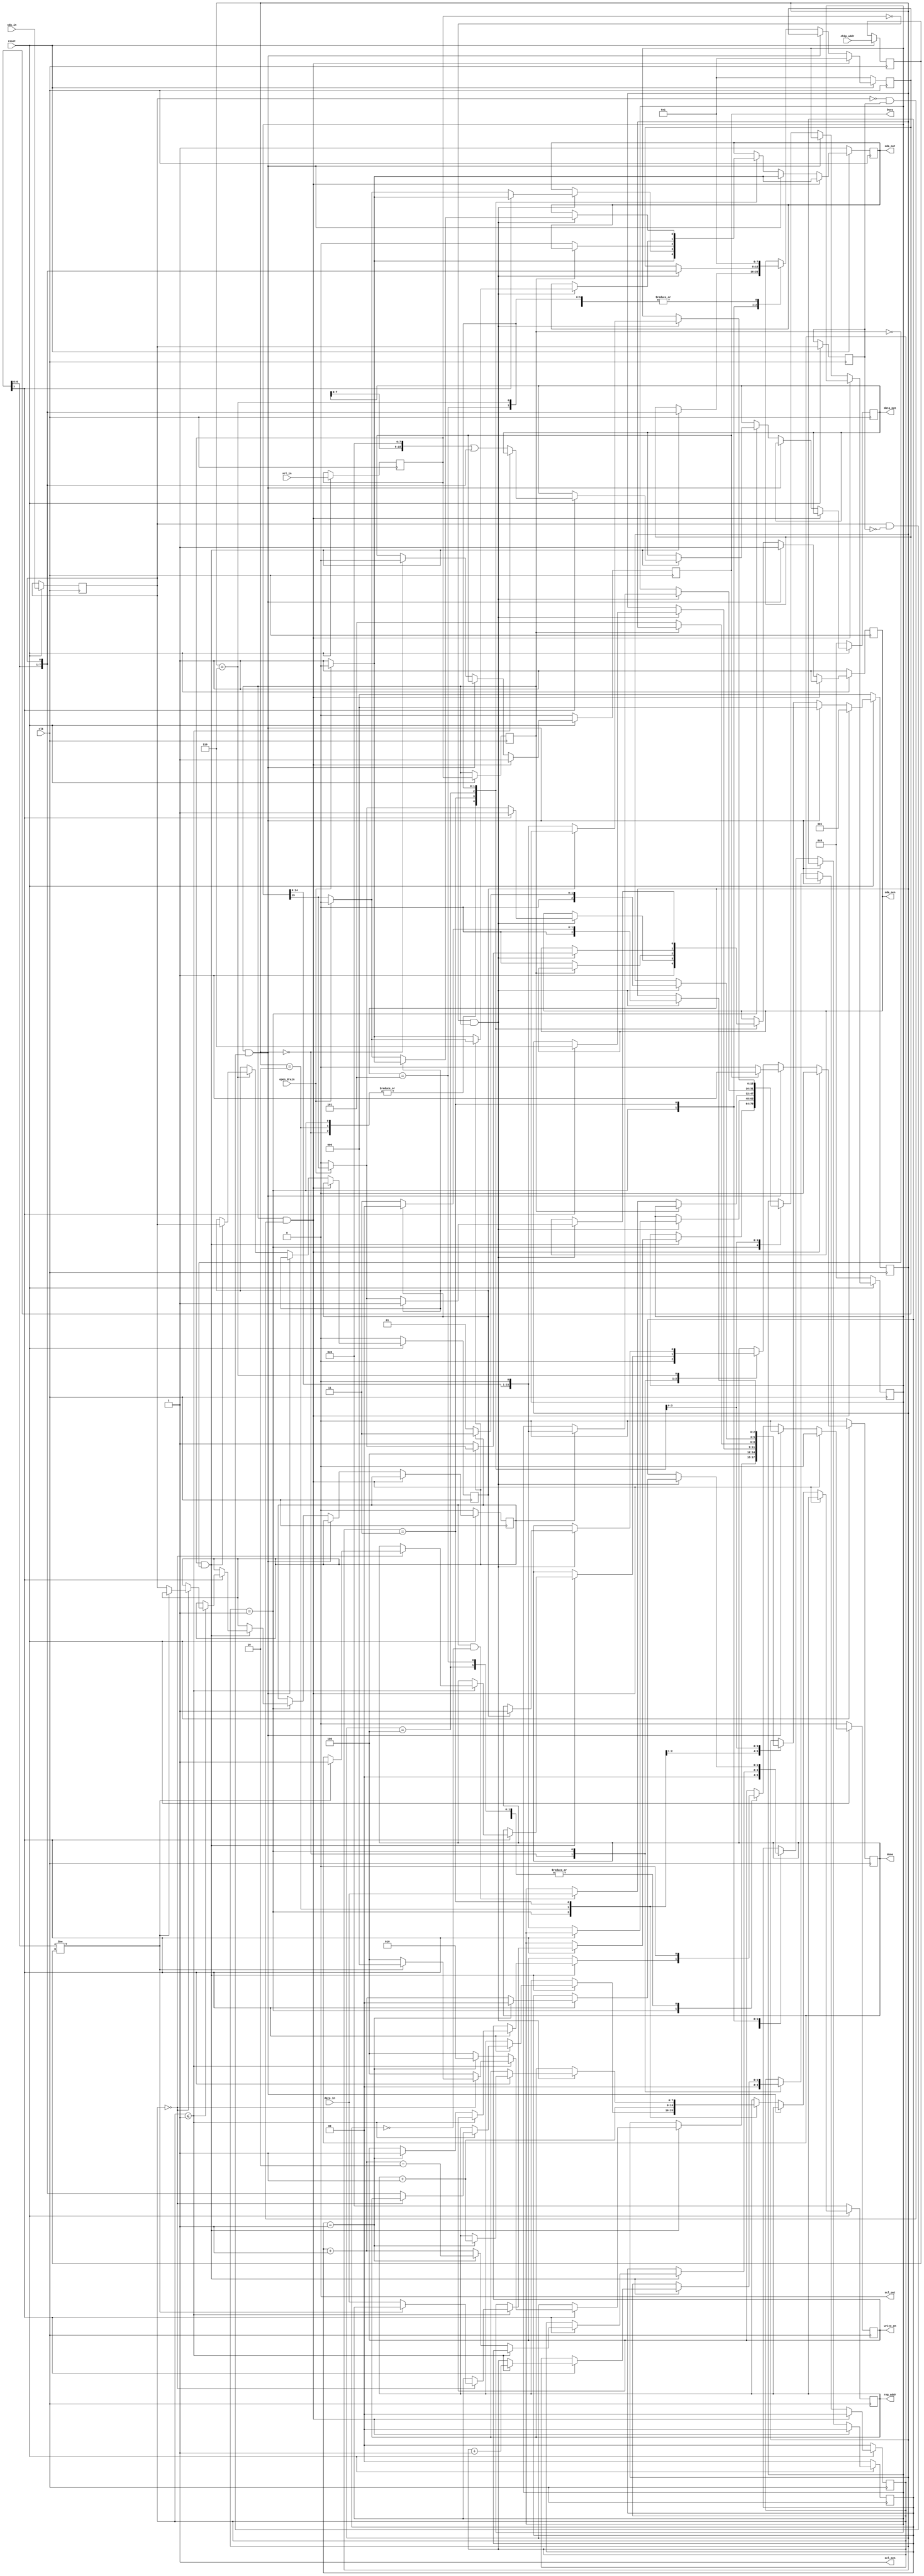
/*
i2c Slave

Authors:  Greg M. Crist, Jr. (gmcrist@gmail.com)

Description:
  i2c Slave
*/
module i2c_slave
    #(
        parameter ADDR_BYTES = 1,
        parameter DATA_BYTES = 2,
        parameter REG_ADDR_WIDTH = 8 * ADDR_BYTES,
        parameter REG_DATA_WIDTH = 8 * DATA_BYTES
    )(
        input clk,        // System Clock
        input reset,      // Reset signal

        input open_drain, // For open drain

        input  sda_in,    // SDA Input
        output sda_out,   // SDA Output
        output sda_oen,   // SDA Output Enable

        input  scl_in,    // SCL Input
        output scl_out,   // SCL Output
        output scl_oen,   // SCL Output Enable

        input [6:0] chip_addr,  // Slave Address
        input [8 * DATA_BYTES - 1:0] data_in,    // Data read from register

        output reg write_en,    // Write enable
        output reg [REG_ADDR_WIDTH - 1:0] reg_addr,  // Register address
        output reg [8 * DATA_BYTES - 1:0] data_out,  // Data to write to register

        output reg done,
        output reg busy
    );


    // State Machine States
    localparam s_idle   = 0,
              s_shift   = 1,
              s_write   = 2,
              s_send    = 3,
              s_ack     = 4,
              s_ack2    = 5,
              s_chk_ack = 6;


    // Interal registers
    reg [7:0] sr;   // Shift register
    reg [REG_DATA_WIDTH - 1:0] sr_send;

    reg [1:0] reg_bytes;
    reg [1:0] addr_bytes;

    reg [1:0] scl_count;
    reg [11:0] clk_count;

    reg sda_reg, oen_reg;
    reg writing, reading, continuing;

    reg rw_bit;
    reg nack;
    reg [6:0] chip_addr_reg;

    wire [7:0] word;
    wire [REG_DATA_WIDTH - 1:0] word_exp;
    wire [REG_ADDR_WIDTH + 8 - 1:0] reg_addr_sh;

    // used to detecing rising or falling edges of signals
    reg  sda_s, scl_s, sda_ss, scl_ss;
    wire scl_rising, scl_falling, sda_rising, sda_falling;


    // FSM state
    (* syn_encoding = "safe" *)
    reg [2:0] state;


    assign scl_oen = 1'b1;
    assign scl_out = 1'b0;
    assign sda_oen = oen_reg;
    assign sda_out = sda_reg;

    assign word = {sr[6:0], sda_s};
    assign word_exp = word;

    assign reg_addr_sh = {reg_addr, word};

    // Detect rising / falling edges
    assign scl_rising  =  scl_s && ~scl_ss;
    assign scl_falling = ~scl_s &&  scl_ss;
    assign sda_rising  =  sda_s && ~sda_ss;
    assign sda_falling = ~sda_s &&  sda_ss;


    always @(posedge clk) begin
        if (~reset) begin
            state       <= s_idle;
            sda_reg     <= 1'b1;
            oen_reg     <= 1'b1;

            reg_bytes   <= 1'b0;
            addr_bytes  <= 1'b0;
            sr          <= 8'h01;

            data_out    <= 1'b0;
            reg_addr    <= 1'b0;
            write_en    <= 1'b0;
            rw_bit      <= 1'b0;
            sr_send     <= 1'b0;
            nack        <= 1'b0;
            done        <= 1'b0;
            busy        <= 1'b0;
        end
        else begin
            scl_s         <= scl_in;
            scl_ss        <= scl_s;
            sda_s         <= sda_in;
            sda_ss        <= sda_s;
            chip_addr_reg <= chip_addr;

            if (scl_ss && sda_falling) begin
                state       <= s_shift;
                sda_reg     <= open_drain ? 1'b0 : 1'b1;
                oen_reg     <= 1'b1;

                reg_bytes   <= 1'b0;
                addr_bytes  <= 1'b0;
                sr          <= 8'h01;

                write_en    <= 1'b0;
                busy        <= 1'b1;
                done        <= 1'b0;
            end
            else if (scl_ss && sda_rising) begin
                state    <= s_idle;
                sda_reg  <= open_drain ? 1'b0 : 1'b1;
                oen_reg  <= 1'b1;
                write_en <= 1'b0;
                done     <= busy ? 1'b1 : 1'b0;
            end
            else begin
                case (state)
                    s_idle: begin
                        sda_reg     <= open_drain ? 1'b0 : 1'b1;
                        oen_reg     <= 1'b1;
                        reg_bytes   <= 1'b0;
                        addr_bytes  <= 1'b0;
                        sr          <= 8'h01;
                        write_en    <= 1'b0;
                        busy        <= 1'b0;
                        done        <= 1'b0;
                    end

                    s_shift: begin
                        sda_reg <= open_drain ? 1'b0 : 1'b1;
                        oen_reg <= 1'b1;

                        if (scl_rising) begin
                            sr <= word;

                            if (sr[7]) begin
                                if (addr_bytes <= ADDR_BYTES) begin
                                    addr_bytes <= addr_bytes + 1'b1;

                                    // Check the i2c address and determine if the x-fer is for this slave
                                    if (addr_bytes == 2'b00) begin
                                        // Nope, go back to idle
                                        if (word[7:1] != chip_addr_reg) begin
                                            state <= s_idle;
                                            done  <= 1'b1;
                                        end
                                        else begin
                                            state   <= s_ack;
                                            rw_bit  <= word[0];
                                            sr_send <= data_in;
                                        end
                                    end
                                    else begin
                                        state    <= s_ack;
                                        reg_addr <= reg_addr_sh[REG_ADDR_WIDTH - 1:0];
                                    end
                                end
                                else begin
                                    data_out <= (data_out << 8) | word_exp;

                                    if (reg_bytes == DATA_BYTES - 1'b1) begin
                                        state      <= s_write;
                                        write_en   <= 1'b1;
                                        reg_bytes  <= reg_bytes + 1'b1 - DATA_BYTES;
                                    end
                                    else begin
                                        state      <= s_ack;
                                        reg_bytes  <= reg_bytes + 1'b1;
                                    end
                                end
                            end
                        end
                    end

                    s_write: begin
                        state    <= s_ack;
                        sda_reg  <= open_drain ? 1'b0 : 1'b1;
                        oen_reg  <= 1'b1;
                        reg_addr <= reg_addr + 1'b1;
                        write_en <= 1'b0;
                    end

                    s_send: begin
                        if (scl_falling) begin
                            sr <= word;

                            if (sr[7]) begin
                                state     <= s_chk_ack;
                                sda_reg   <= open_drain ? 1'b0 : 1'b1;
                                oen_reg   <= 1'b1;
                                reg_bytes <= reg_bytes + 1'b1;

                                if (reg_bytes == DATA_BYTES - 1'b1) begin
                                    reg_addr  <= reg_addr + 1'b1;
                                    reg_bytes <= 1'b0;
                                end
                            end
                            else begin
                                sda_reg <= open_drain ? 1'b0 : sr_send[REG_DATA_WIDTH - 1];
                                oen_reg <= open_drain ? sr_send[REG_DATA_WIDTH - 1] : 1'b0;
                                sr_send <= sr_send << 1;
                            end
                        end
                    end

                    s_ack: begin
                        write_en <= 0;

                        if (~scl_ss) begin
                            state   <= s_ack2;
                            sda_reg <= 1'b0;
                            oen_reg <= 1'b0;

                            if (rw_bit && (reg_bytes == 0)) begin
                                sr_send <= data_in;
                            end
                        end
                    end

                    s_ack2: begin
                        sr <= 8'h01;
                        write_en <= 0;

                        if (scl_falling) begin
                            if (rw_bit) begin
                                state   <= s_send;
                                sda_reg <= open_drain ? 1'b0 : sr_send[REG_DATA_WIDTH - 1];
                                oen_reg <= open_drain ? sr_send[REG_DATA_WIDTH - 1] : 1'b0;
                                sr_send <= sr_send << 1;
                            end
                            else begin
                                state   <= s_shift;
                                sda_reg <= open_drain ? 1'b0 : 1'b1;
                                oen_reg <= 1'b1;
                            end
                        end
                    end

                    s_chk_ack: begin
                        sr <= 8'h01;

                        if (scl_rising) begin
                            nack <= sda_s;
                        end

                        if (scl_falling) begin
                            if (nack) begin
                                state   <= s_idle;
                                sda_reg <= open_drain ? 1'b0 : 1'b1;
                                oen_reg <= 1'b1;
                                done    <= 1'b1;
                            end
                            else begin
                                state   <= s_send;
                                sda_reg <= open_drain ? 1'b0 : sr_send[REG_DATA_WIDTH - 1];
                                oen_reg <= open_drain ? sr_send[REG_DATA_WIDTH - 1] : 1'b0;
                                sr_send <= sr_send << 1;
                            end
                        end
                    end
                endcase
            end
        end
    end
endmodule